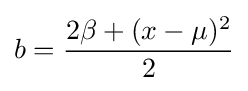
b={\frac {2\beta +(x-\mu )^{2}}{2}}